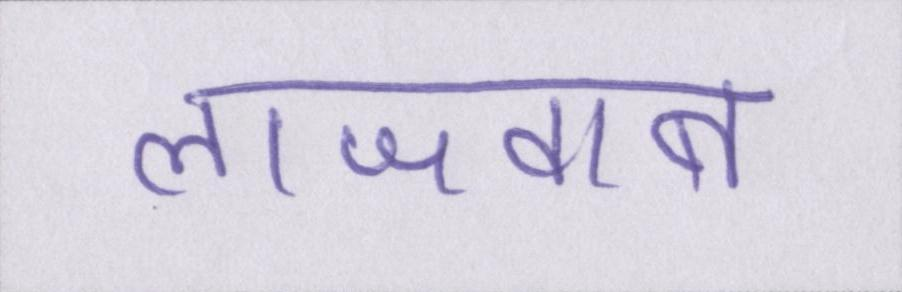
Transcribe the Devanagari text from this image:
लाजवाब